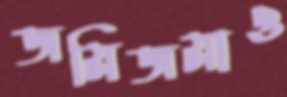
জমিজমাও